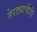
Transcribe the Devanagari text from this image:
तेरड्याचीही